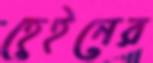
হেইনের